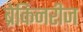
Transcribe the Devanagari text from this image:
ब्रेकिनरीज